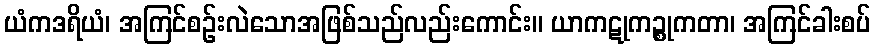
ယံကဒရိယံ၊ အကြင်စဉ်းလဲသောအဖြစ်သည်လည်းကောင်း။ ယာကဋုကဉ္စုကတာ၊ အကြင်ခါးစပ်